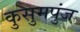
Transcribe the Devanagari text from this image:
कुसुमपुंज